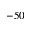
- 5 0